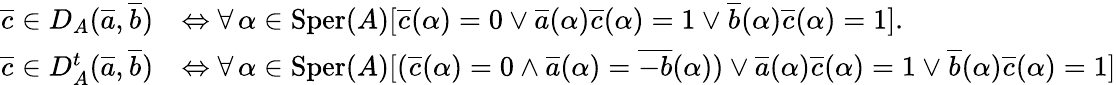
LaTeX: \begin{array}{rl}{\overline{c}\in D_{A}(\overline{a},\overline{b})}&{\Leftrightarrow\forall\, \alpha\in\mathrm{Sper}(A)[\overline{c}(\alpha)=0\vee\overline{a}(\alpha)\overline{c}(\alpha)=1\vee\overline{b}(\alpha)\overline{c}(\alpha)=1].}\\ {\overline{c}\in D_{A}^{t}(\overline{a},\overline{b})}&{\Leftrightarrow\forall\, \alpha\in\mathrm{Sper}(A)[(\overline{c}(\alpha)=0\wedge\overline{a}(\alpha)=\overline{{-b}}(\alpha))\vee\overline{a}(\alpha)\overline{c}(\alpha)=1\vee\overline{b}(\alpha)\overline{c}(\alpha)=1]}\end{array}